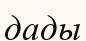
дады